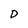
Character: D